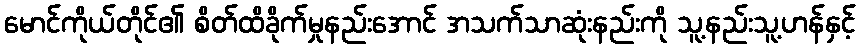
မောင်ကိုယ်တိုင်၏ စိတ်ထိခိုက်မှုနည်းအောင် အသက်သာဆုံးနည်းကို သူ့နည်းသူ့ဟန်နှင့်